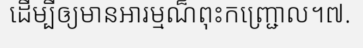
ដើម្បីឲ្យមានអារម្មណ៏ពុះកញ្ជ្រោល។៧.